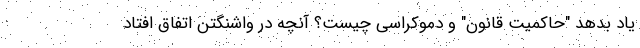
یاد بدهد "حاکمیت قانون" و دموکراسی چیست؟ آنچه در واشنگتن اتفاق افتاد